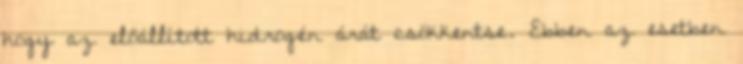
hogy az előállított hidrogén árát csökkentse. Ebben az esetben